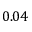
0 . 0 4